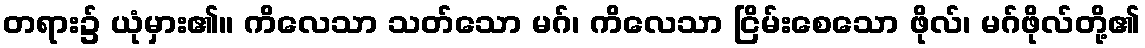
တရား၌ ယုံမှား၏။ ကိလေသာ သတ်သော မဂ်၊ ကိလေသာ ငြိမ်းစေသော ဖိုလ်၊ မဂ်ဖိုလ်တို့၏